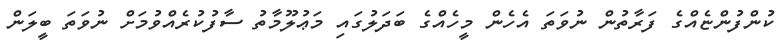
ކުންފުންޏެއްގެ ފަރާތުން ނުވަތަ އެހެން މީހެއްގެ ބަދަލުގައި މަޢުލޫމާތު ސާފުކުރެއްވުމަށް ނުވަތަ ބީލަން